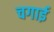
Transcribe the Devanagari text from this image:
चगाई